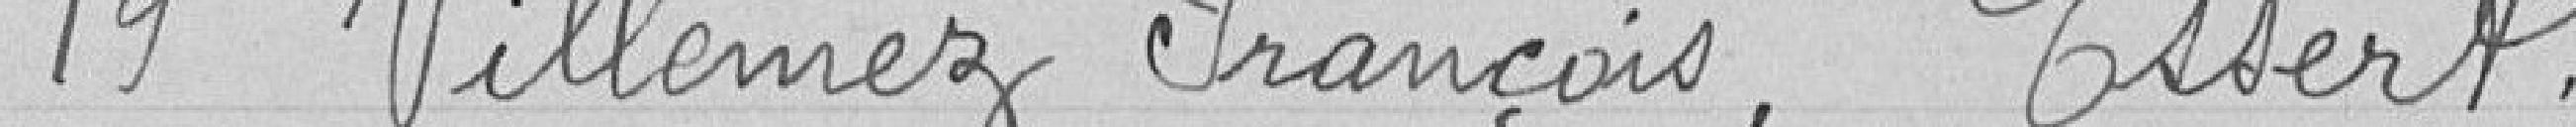
19 Villemez François, Essert